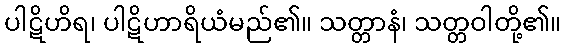
ပါဋိဟိရ၊ ပါဋိဟာရိယံမည်၏။ သတ္တာနံ၊ သတ္တဝါတို့၏။